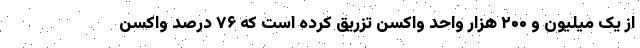
از یک میلیون و ۲۰۰ هزار واحد واکسن تزریق کرده است که ۷۶ درصد واکسن